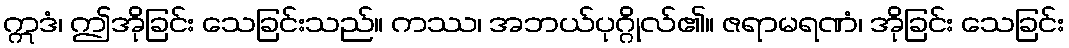
ဣဒံ၊ ဤအိုခြင်း သေခြင်းသည်။ ကဿ၊ အဘယ်ပုဂ္ဂိုလ်၏။ ဇရာမရဏံ၊ အိုခြင်း သေခြင်း